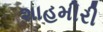
શાહમીરી